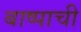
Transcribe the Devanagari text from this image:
बाष्पाची